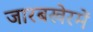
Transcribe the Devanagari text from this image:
जारबखेरमें